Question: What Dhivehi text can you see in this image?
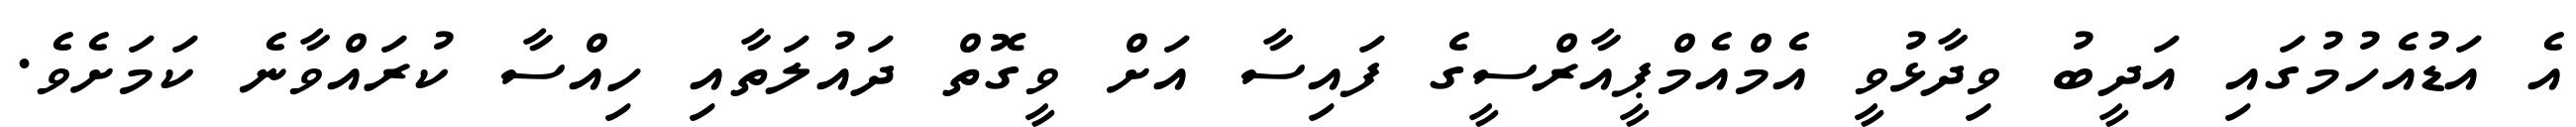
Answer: އެ އަޑުއެހުމުގައި އަދީބު ވިދާޅުވީ އެމްއެމްޕީއާރްސީގެ ފައިސާ އަށް ވީގޮތް ދައުލަތާއި ހިއްސާ ކުރައްވާނެ ކަމަށެވެ.